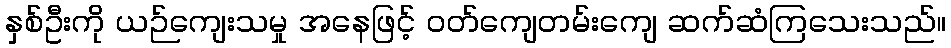
နှစ်ဦးကို ယဉ်ကျေးသမှု အနေဖြင့် ဝတ်ကျေတမ်းကျေ ဆက်ဆံကြသေးသည်။